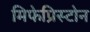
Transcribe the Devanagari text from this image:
मिफेप्रिस्टोन